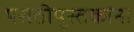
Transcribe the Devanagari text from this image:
मराठीपुस्तकांना